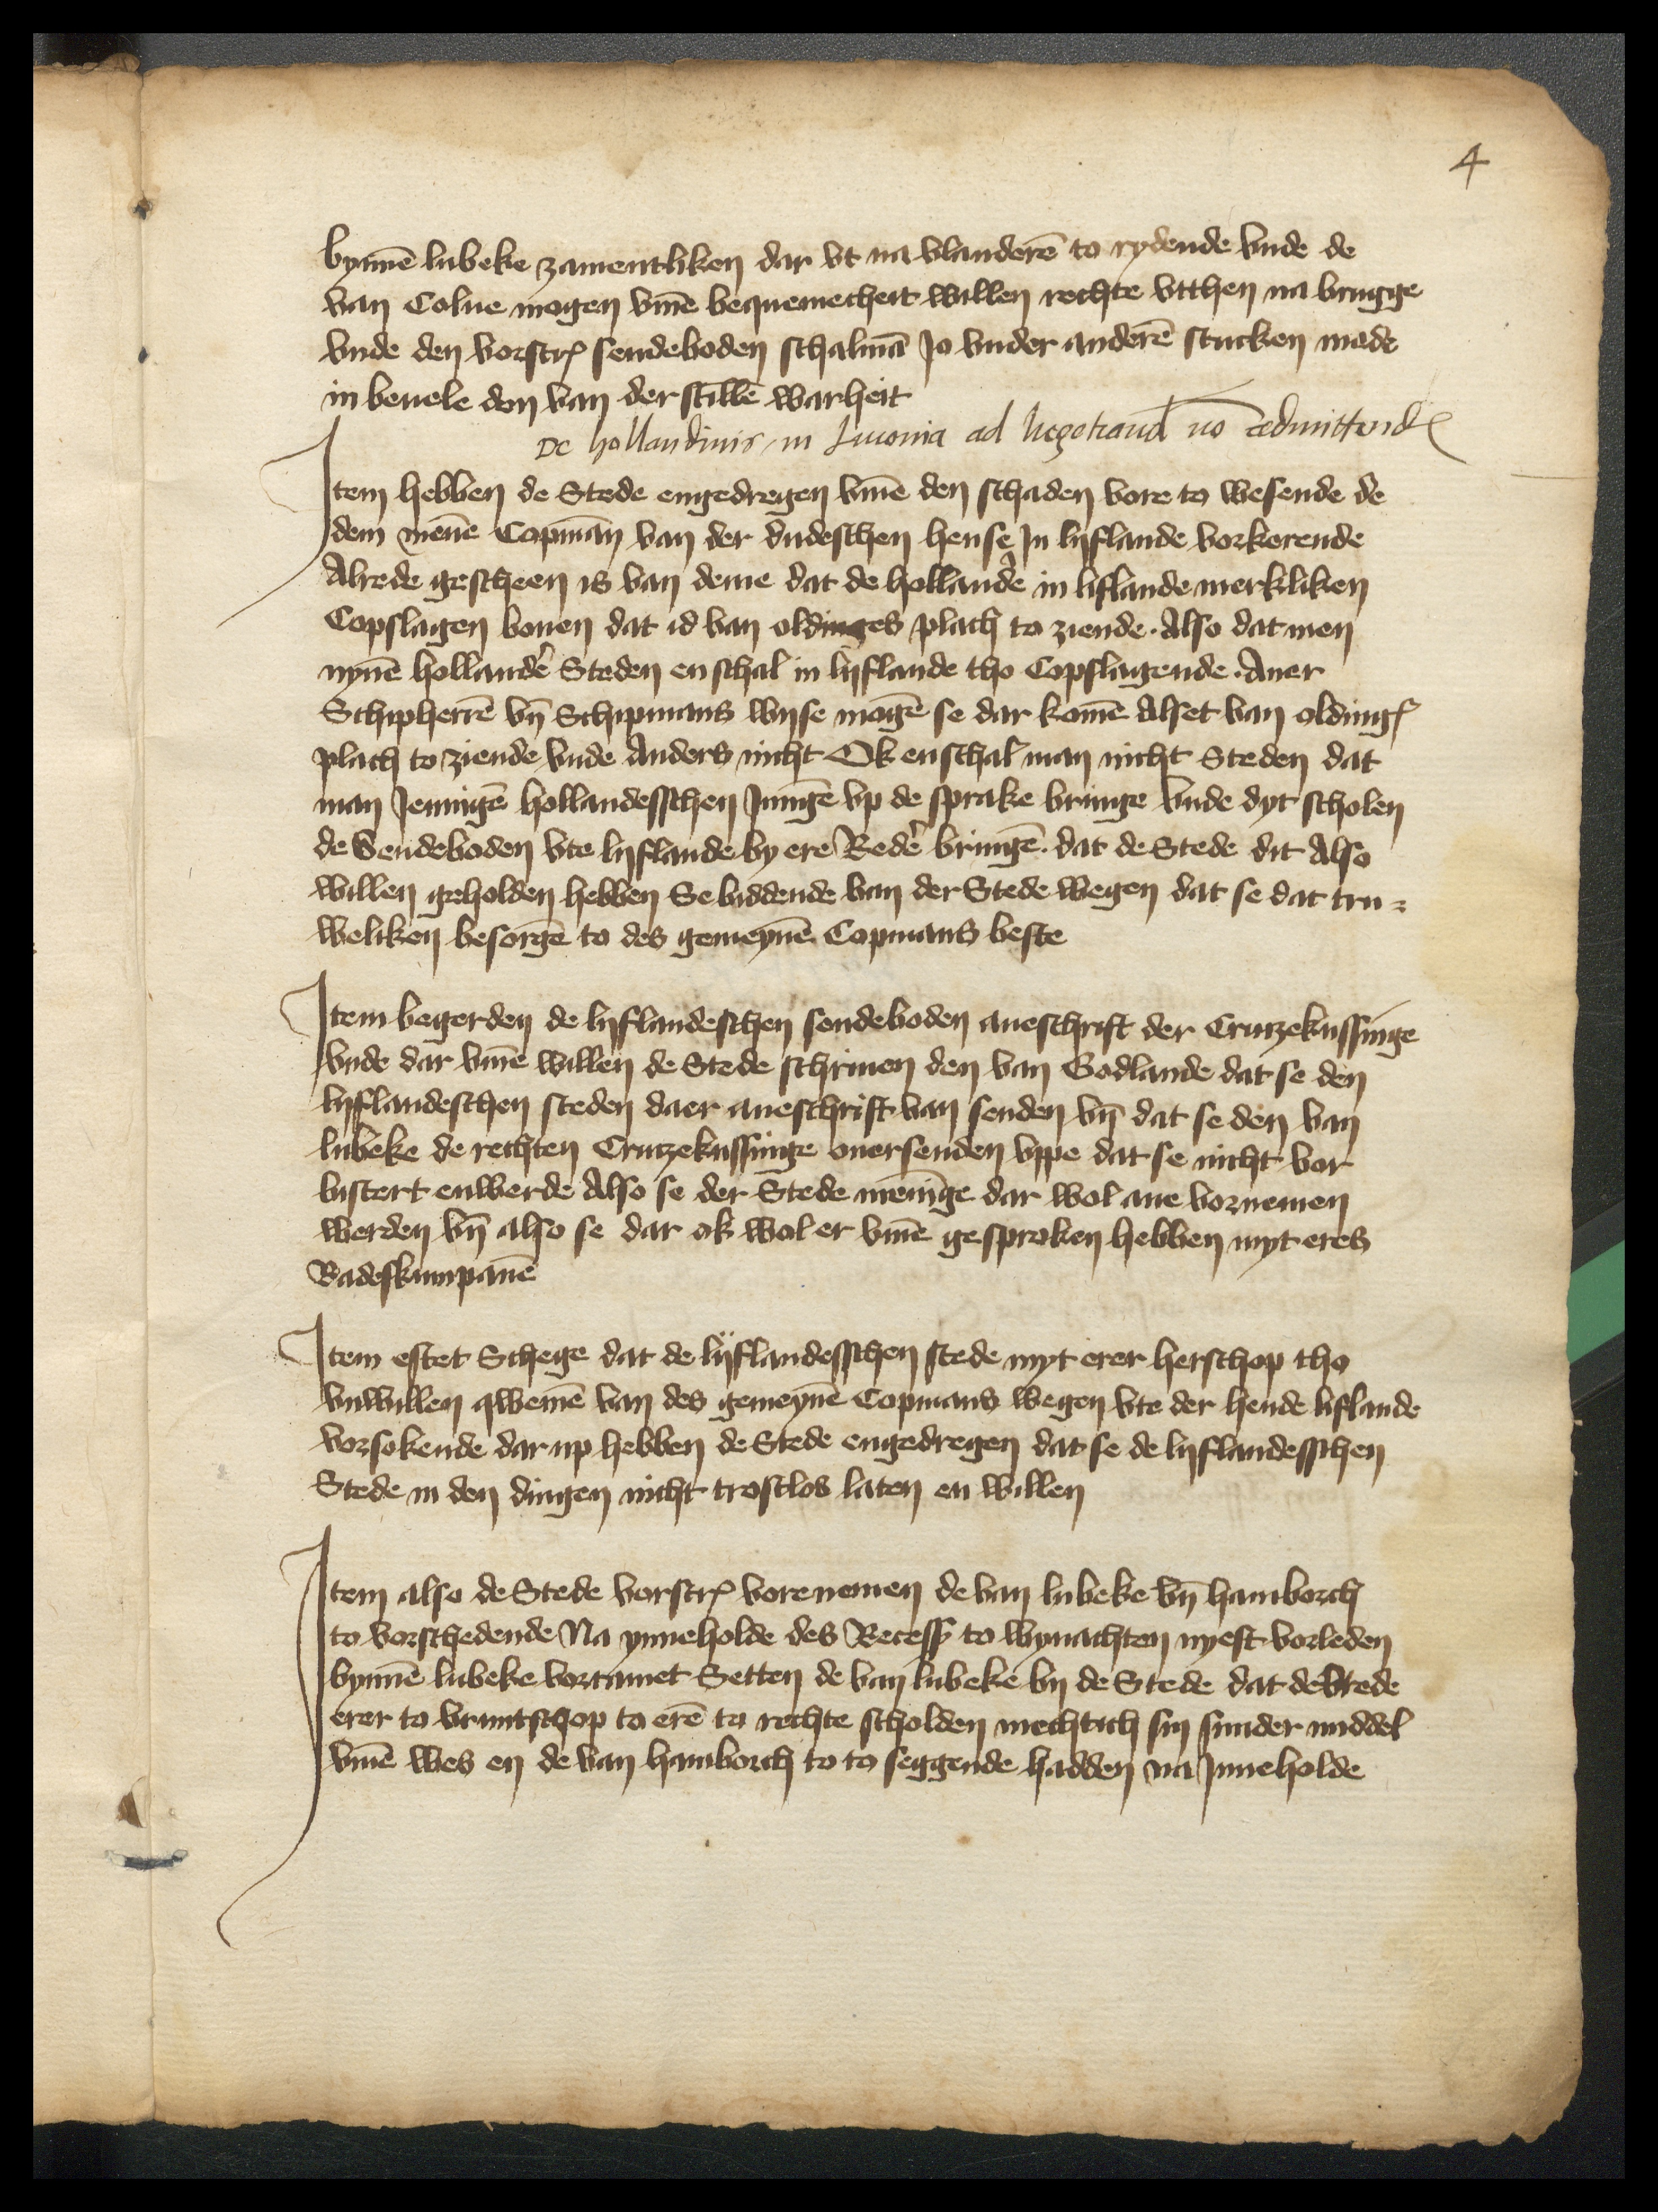
bynnen Lubeke zamentliken dar vt na Vlanderen to rydende vnde de
van Colne mogen vmme bequemecheit willen rechte vtthen na Brugge
vnde den vorscreuen sendeboden schalmen Jo vnder anderen stucken mede
in beuele don van der stillen warheit

De hollandinis in Liuonia ad Negotiandum non admittendum

Jtem hebben de Stede engedregen vmme den schaden vore to wesende de
dem menen Copman van der dudeschen hense Jn Lyflande vorkerende
Alrede gescheen is van deme dat de Hollande in Liflande merkliken
Copslagen bouen dat id van oldinges plach to ziende. Also dat men
nynen hollander Steden en schal in Lyflande tho Copslagende. Auer
Schipheren vnd Schipmans wyse mogen se dar komen Alset van oldinges
plach to ziende vnde anders nicht Ok enschal man nicht Steden dat
man Jenigen Hollandesschen Jnnigen vp de sprake bringe vnde dyt scholen
de Sendeboden vte lyflande by ere Rede bringen dat de Stede dit Also
willen geholden hebben Se biddende van der Stede wegen dat se dat tru¬
weliken besorge to des gemeynen Copmans beste

Jtem begerden de lyflandeschen sendeboden aneschrift der Crutzekussinge
vnde dar vmme willen de Stede schriuen den van Godlande dat se den
lyflandeschen steden daer aneschrifft van senden vnd dat se den van
Lubeke de rechten Crutzekussinge ouersenden vppe dat se nicht vor¬
lustert enwerde Also se der Stede meninge dar wol ane vornemen
werden vnd also se dar ok wol er vmme gesproken hebben myt eres
Radeskumpanen

Jtem eftet Schege dat de lyflandesschen stede myt erer herschop tho
vnwillen qwemen van des gemeynen Copmans wegen vte der hende Liflande
vorsokende dar up hebben de Stede engedregen dat se de lyflandesschen
Stede in den dingen nicht trostlos laten en willen

Jtem also de Stede vorscreuen vorenemen de van Lubeke vnd Hamborch
to vorschedende na ynneholde des Recess to wynachten nyest vorleden
bynnen Lubeke vorramet Setten de van Lubeke by de Stede dat de vrede
erer to vruntschop to eren to rechte scholden mechtich sin sunder middel
vmme wes en de van Hamborch to to seggende hadden na Jnneholde